Civil Veterinary Dept. Assam report 1927-50 - 1927-1950
Year: 1927
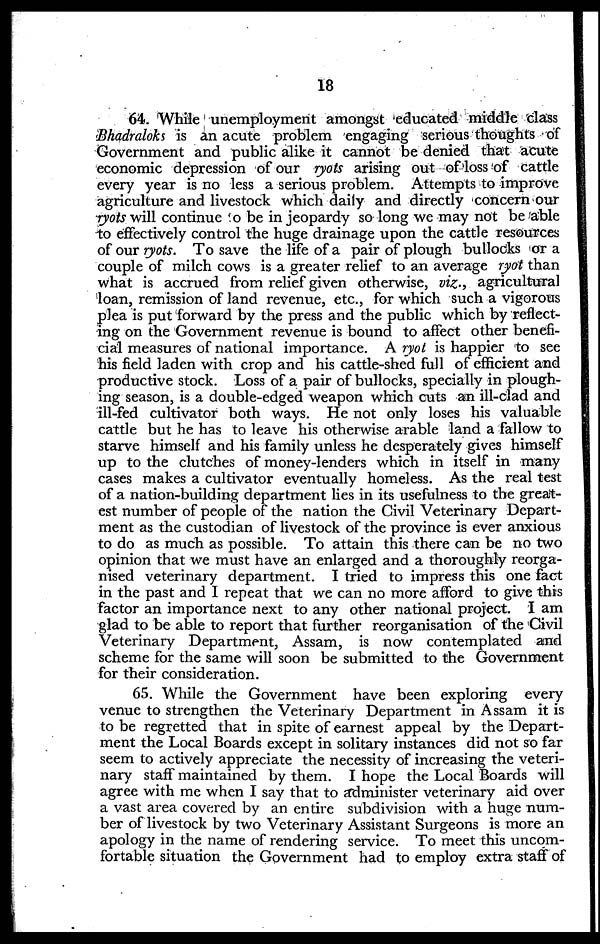
18
64. While unemployment amongst educated middle class
Bhadraloks is an acute problem engaging serious thoughts of
Government and public alike it cannot be denied that acute
economic depression of our ryots arising out of loss of cattle
every year is no less a serious problem. Attempts to improve
agriculture and livestock which daily and directly concern our
ryots will continue to be in jeopardy so long we may not be able
to effectively control the huge drainage upon the cattle resources
of our ryots. To save the life of a pair of plough bullocks or a
couple of milch cows is a greater relief to an average ryot than
what is accrued from relief given otherwise, viz., agricultural
loan, remission of land revenue, etc., for which such a vigorous
plea is put forward by the press and the public which by reflect-
ing on the Government revenue is bound to affect other benefi-
cial measures of national importance. A ryot is happier to see
his field laden with crop and his cattle-shed full of efficient and
productive stock. Loss of a pair of bullocks, specially in plough-
ing season, is a double-edged weapon which cuts an ill-clad and
ill-fed cultivator both ways. He not only loses his valuable
cattle but he has to leave his otherwise arable land a fallow to
starve himself and his family unless he desperately gives himself
up to the clutches of money-lenders which in itself in many
cases makes a cultivator eventually homeless. As the real test
of a nation-building department lies in its usefulness to the great-
est number of people of the nation the Civil Veterinary Depart-
ment as the custodian of livestock of the province is ever anxious
to do as much as possible. To attain this there can be no two
opinion that we must have an enlarged and a thoroughly reorga-
nised veterinary department. I tried to impress this one fact
in the past and I repeat that we can no more afford to give this
factor an importance next to any other national project. I am
glad to be able to report that further reorganisation of the Civil
Veterinary Department, Assam, is now contemplated and
scheme for the same will soon be submitted to the Government
for their consideration.
65. While the Government have been exploring every
venue to strengthen the Veterinary Department in Assam it is
to be regretted that in spite of earnest appeal by the Depart-
ment the Local Boards except in solitary instances did not so far
seem to actively appreciate the necessity of increasing the veteri-
nary staff maintained by them. I hope the Local Boards will
agree with me when I say that to administer veterinary aid over
a vast area covered by an entire subdivision with a huge num-
ber of livestock by two Veterinary Assistant Surgeons is more an
apology in the name of rendering service. To meet this uncom-
fortable situation the Government had to employ extra staff of